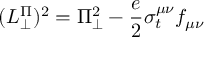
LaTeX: ( L _ { \perp } ^ { \Pi } ) ^ { 2 } = \Pi _ { \perp } ^ { 2 } - \frac { e } { 2 } \sigma _ { t } ^ { \mu \nu } f _ { \mu \nu }